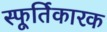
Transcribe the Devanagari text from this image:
स्फूर्तिकारक